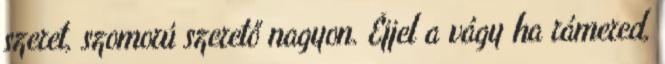
szeret, szomorú szerető nagyon. Éjjel a vágy ha rámered,